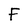
Character: F